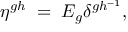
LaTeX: \eta ^ { g h } \; = \; E _ { g } \delta ^ { g h ^ { - 1 } } ,